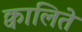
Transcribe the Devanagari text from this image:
क्वालिते